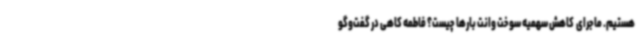
هستیم. ماجرای  کاهش سهمیه سوخت وانت بارها چیست؟ فاطمه کاهی در گفت‌وگو